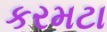
કરમટા